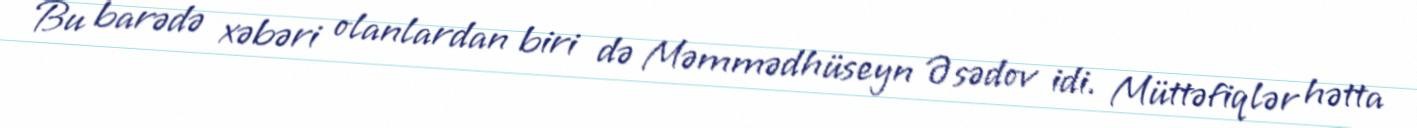
Bu barədə xəbəri olanlardan biri də Məmmədhüseyn Əsədov idi. Müttəfiqlər hətta